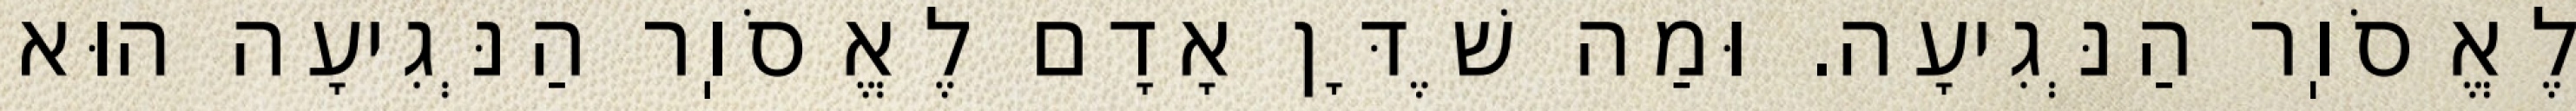
לֶאֱסֹוֽר הַנְּגִיעָה. וּמַה שֶׁדָּן אָדָם לֶאֱסֹוֽר הַנְּגִיעָה הוּא